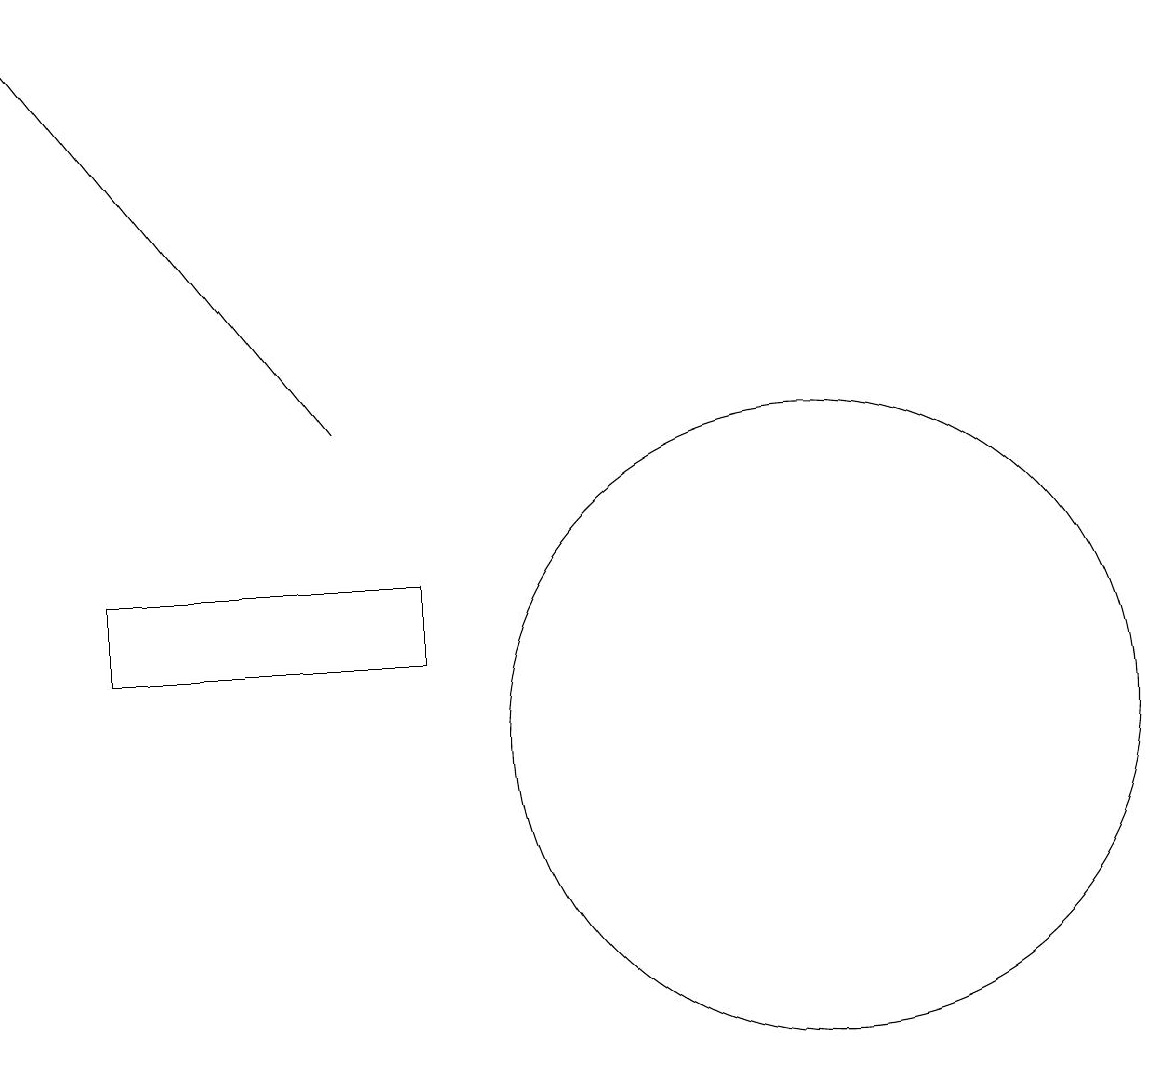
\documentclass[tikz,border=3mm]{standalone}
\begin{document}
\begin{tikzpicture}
\draw (10,10) circle (4);
\draw[->] (4,14) -- (0,19);
\draw (5,11) rectangle (1,12);
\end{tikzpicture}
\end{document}